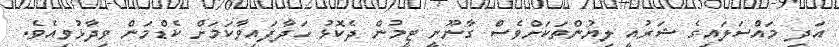
އަދި މައްސަލައިގެ ޝަރުއީ ލިޔުންތަކަށްވެސް ގާނޫނީ ޓީމުން ދެކޮޅު ހަދާފައިވާކަމަށް ކެޑްމަން ވިދާޅުވިއެވެ.